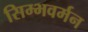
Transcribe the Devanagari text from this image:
सिम्भवर्मन